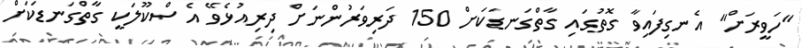
"ހަވީރަށް" އެނގިފައިވާ ގޮތުގައި ގާތްގަނޑަކަށް 150 ދަރިވަރުންނަށް ދިރިއުޅެވޭ އެ ސްކޫލަކީ ގާތްގަނޑަކަށް